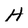
Character: H